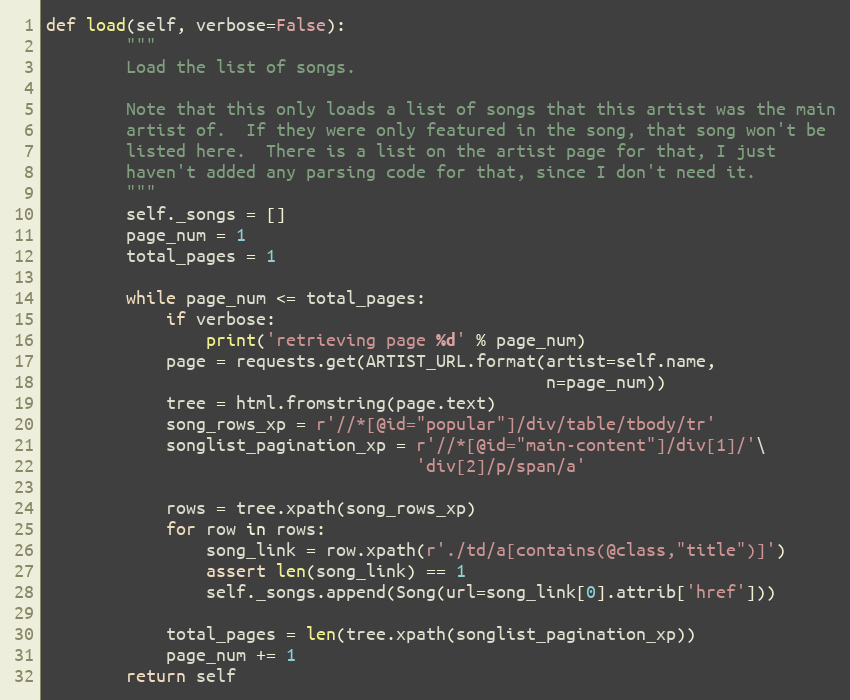
Language: Python
def load(self, verbose=False):
        """
        Load the list of songs.

        Note that this only loads a list of songs that this artist was the main
        artist of.  If they were only featured in the song, that song won't be
        listed here.  There is a list on the artist page for that, I just
        haven't added any parsing code for that, since I don't need it.
        """
        self._songs = []
        page_num = 1
        total_pages = 1

        while page_num <= total_pages:
            if verbose:
                print('retrieving page %d' % page_num)
            page = requests.get(ARTIST_URL.format(artist=self.name,
                                                  n=page_num))
            tree = html.fromstring(page.text)
            song_rows_xp = r'//*[@id="popular"]/div/table/tbody/tr'
            songlist_pagination_xp = r'//*[@id="main-content"]/div[1]/'\
                                     'div[2]/p/span/a'

            rows = tree.xpath(song_rows_xp)
            for row in rows:
                song_link = row.xpath(r'./td/a[contains(@class,"title")]')
                assert len(song_link) == 1
                self._songs.append(Song(url=song_link[0].attrib['href']))

            total_pages = len(tree.xpath(songlist_pagination_xp))
            page_num += 1
        return self